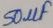
Text: 50µF